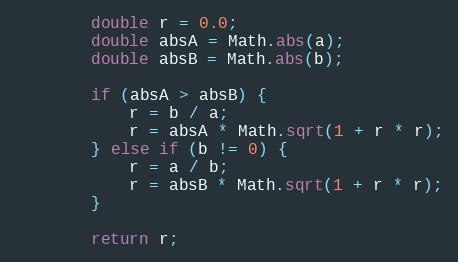
Language: Java
        double r = 0.0;
        double absA = Math.abs(a);
        double absB = Math.abs(b);

        if (absA > absB) {
            r = b / a;
            r = absA * Math.sqrt(1 + r * r);
        } else if (b != 0) {
            r = a / b;
            r = absB * Math.sqrt(1 + r * r);
        }

        return r;